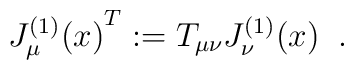
{J^{(1)}_\mu(x)}^T := T_{\mu \nu} J^{(1)}_\nu(x) \; \; .